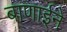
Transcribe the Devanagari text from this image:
बाणाईने